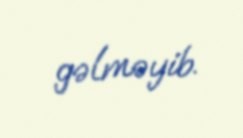
gəlməyib.